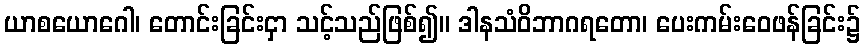
ယာစယောဂေါ၊ တောင်းခြင်းငှာ သင့်သည်ဖြစ်၍။ ဒါနသံဝိဘာဂရတော၊ ပေးကမ်းဝေဖန်ခြင်း၌